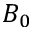
B _ { 0 }